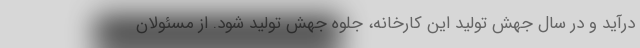
درآید و در سال جهش تولید این کارخانه، جلوه جهش تولید شود. از مسئولان